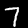
Label: 7